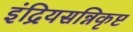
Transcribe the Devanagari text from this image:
इंद्रियसन्निकृष्ट